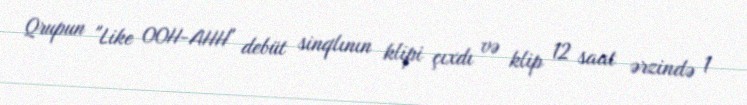
Qrupun "Like OOH-AHH" debüt sinqlının klipi çıxdı və klip 12 saat ərzində 1